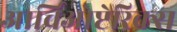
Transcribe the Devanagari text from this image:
आर्चिओप्टेरिक्स